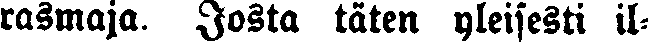
rasmaja. Josta täten yleisesti il-